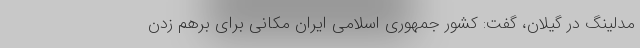
مدلینگ در گیلان، گفت: کشور جمهوری اسلامی ایران مکانی برای برهم زدن